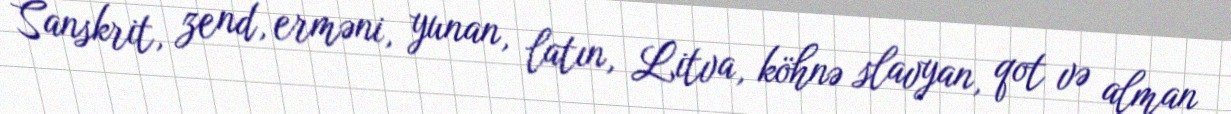
Sanskrit, zend, erməni, yunan, latın, Litva, köhnə slavyan, qot və alman